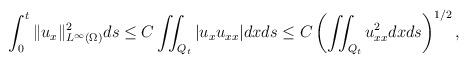
LaTeX: \begin{align*} &\int_0^t\|u_x\|_{L^\infty(\Omega)}^2 ds\leq C\iint_{Q_t}|u_xu_{xx}|dxds \leq C\left(\iint_{Q_t}u_{xx}^2 dxds\right)^{1/2}, \end{align*}